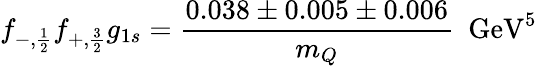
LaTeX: f_{-,{\frac{1}{2}}}f_{+,{\frac{3}{2}}}g_{1s}={\frac{0.038\pm 0.005\pm 0.006}{m_{Q}}}~~\mathrm{GeV}^{5}\;